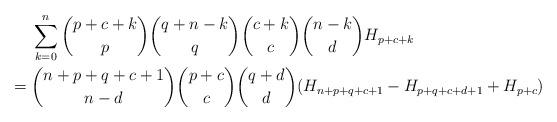
LaTeX: \begin{align*} & \sum_{k=0}^n \binom{p+c+k}{p}\binom{q+n-k}{q}\binom{c+k}{c}\binom{n-k}{d}H_{p+c+k} \\={} & \binom{n+p+q+c+1}{n-d}\binom{p+c}{c}\binom{q+d}{d} (H_{n+p+q+c+1}-H_{p+q+c+d+1}+H_{p+c})\end{align*}